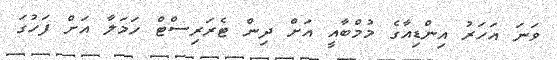
ވަނަ އަހަރު އިންޑިއާގެ މުމްބާއީ އަށް ދިން ޓެރަރިސްޓް ހަމަލާ އަށް ފަހުގަ